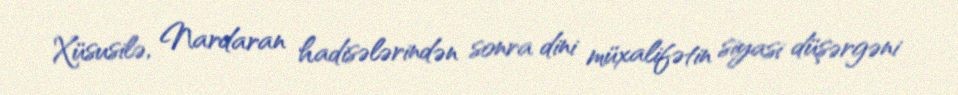
Xüsusilə, Nardaran hadisələrindən sonra dini müxalifətin siyasi düşərgəni